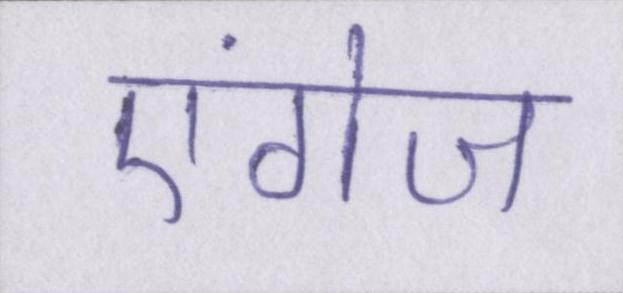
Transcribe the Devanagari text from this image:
एंगेज